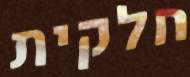
חלקית